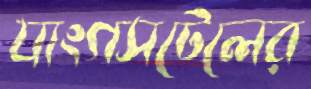
যাংগসটেলের